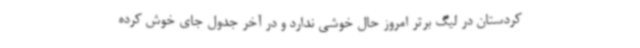
کردستان در لیگ برتر امروز حال خوشی ندارد و در آخر جدول جای خوش کرده